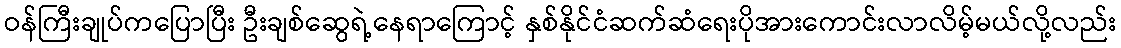
ဝန်ကြီးချုပ်ကပြောပြီး ဦးချစ်ဆွေရဲ့နေရာကြောင့် နှစ်နိုင်ငံဆက်ဆံရေးပိုအားကောင်းလာလိမ့်မယ်လို့လည်း